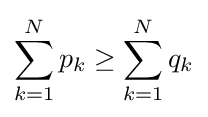
\sum _{k=1}^{N}p_{k}\geq \sum _{k=1}^{N}q_{k}